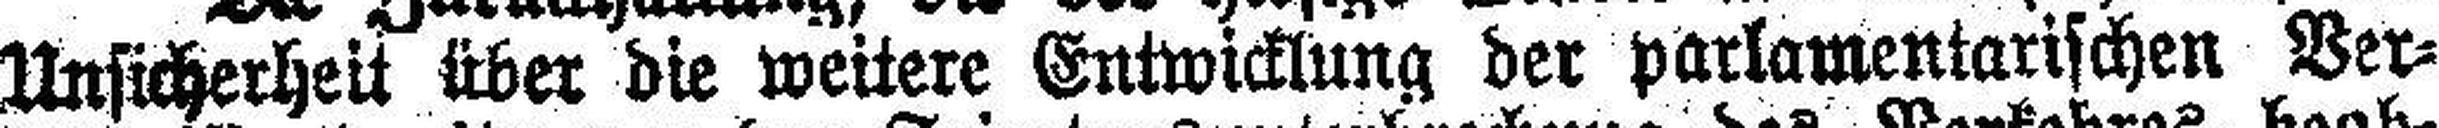
Unsicherheit über die weitere Entwicklung der parlamentarischen Ver¬